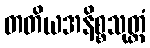
တတိယအနိစ္စသုတ္တံ